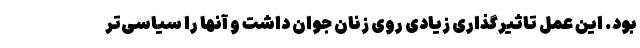
بود. این عمل تاثیرگذاری زیادی روی زنان جوان داشت و آنها را سیاسی‌تر